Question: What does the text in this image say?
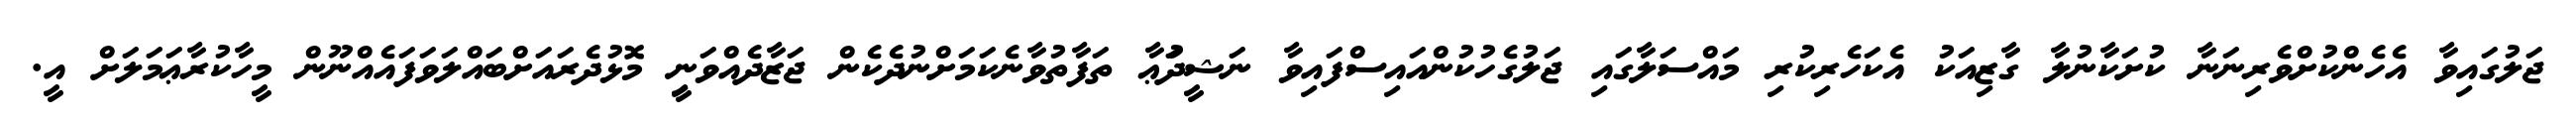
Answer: ޖަލުގައިވާ އެހެންކުށްވެރިނަނާ ކުށަކާނުލާ ގާޒިއަކު އެކަހެރިކުރި މައްސަލާގައި ޖަލުގެހުކުންއައިސްފައިވާ ނަޝީދުަޢާ ތަފާތުވާނެކަމަށްނުދެކެން ޖަޒާދެއްވަނިީ މޮޅުދެރައަށްބައްލަވަފައެއްނޫން މީހާކުރާޢަމަލަށް އީ.